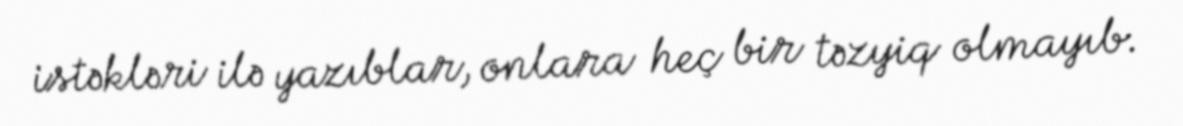
istəkləri ilə yazıblar, onlara heç bir təzyiq olmayıb.